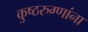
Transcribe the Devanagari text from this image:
कुष्ठरुग्णांना